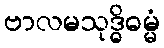
ဗာလမသုဒ္ဓိဓမ္မံ